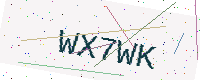
Text: WX7WK